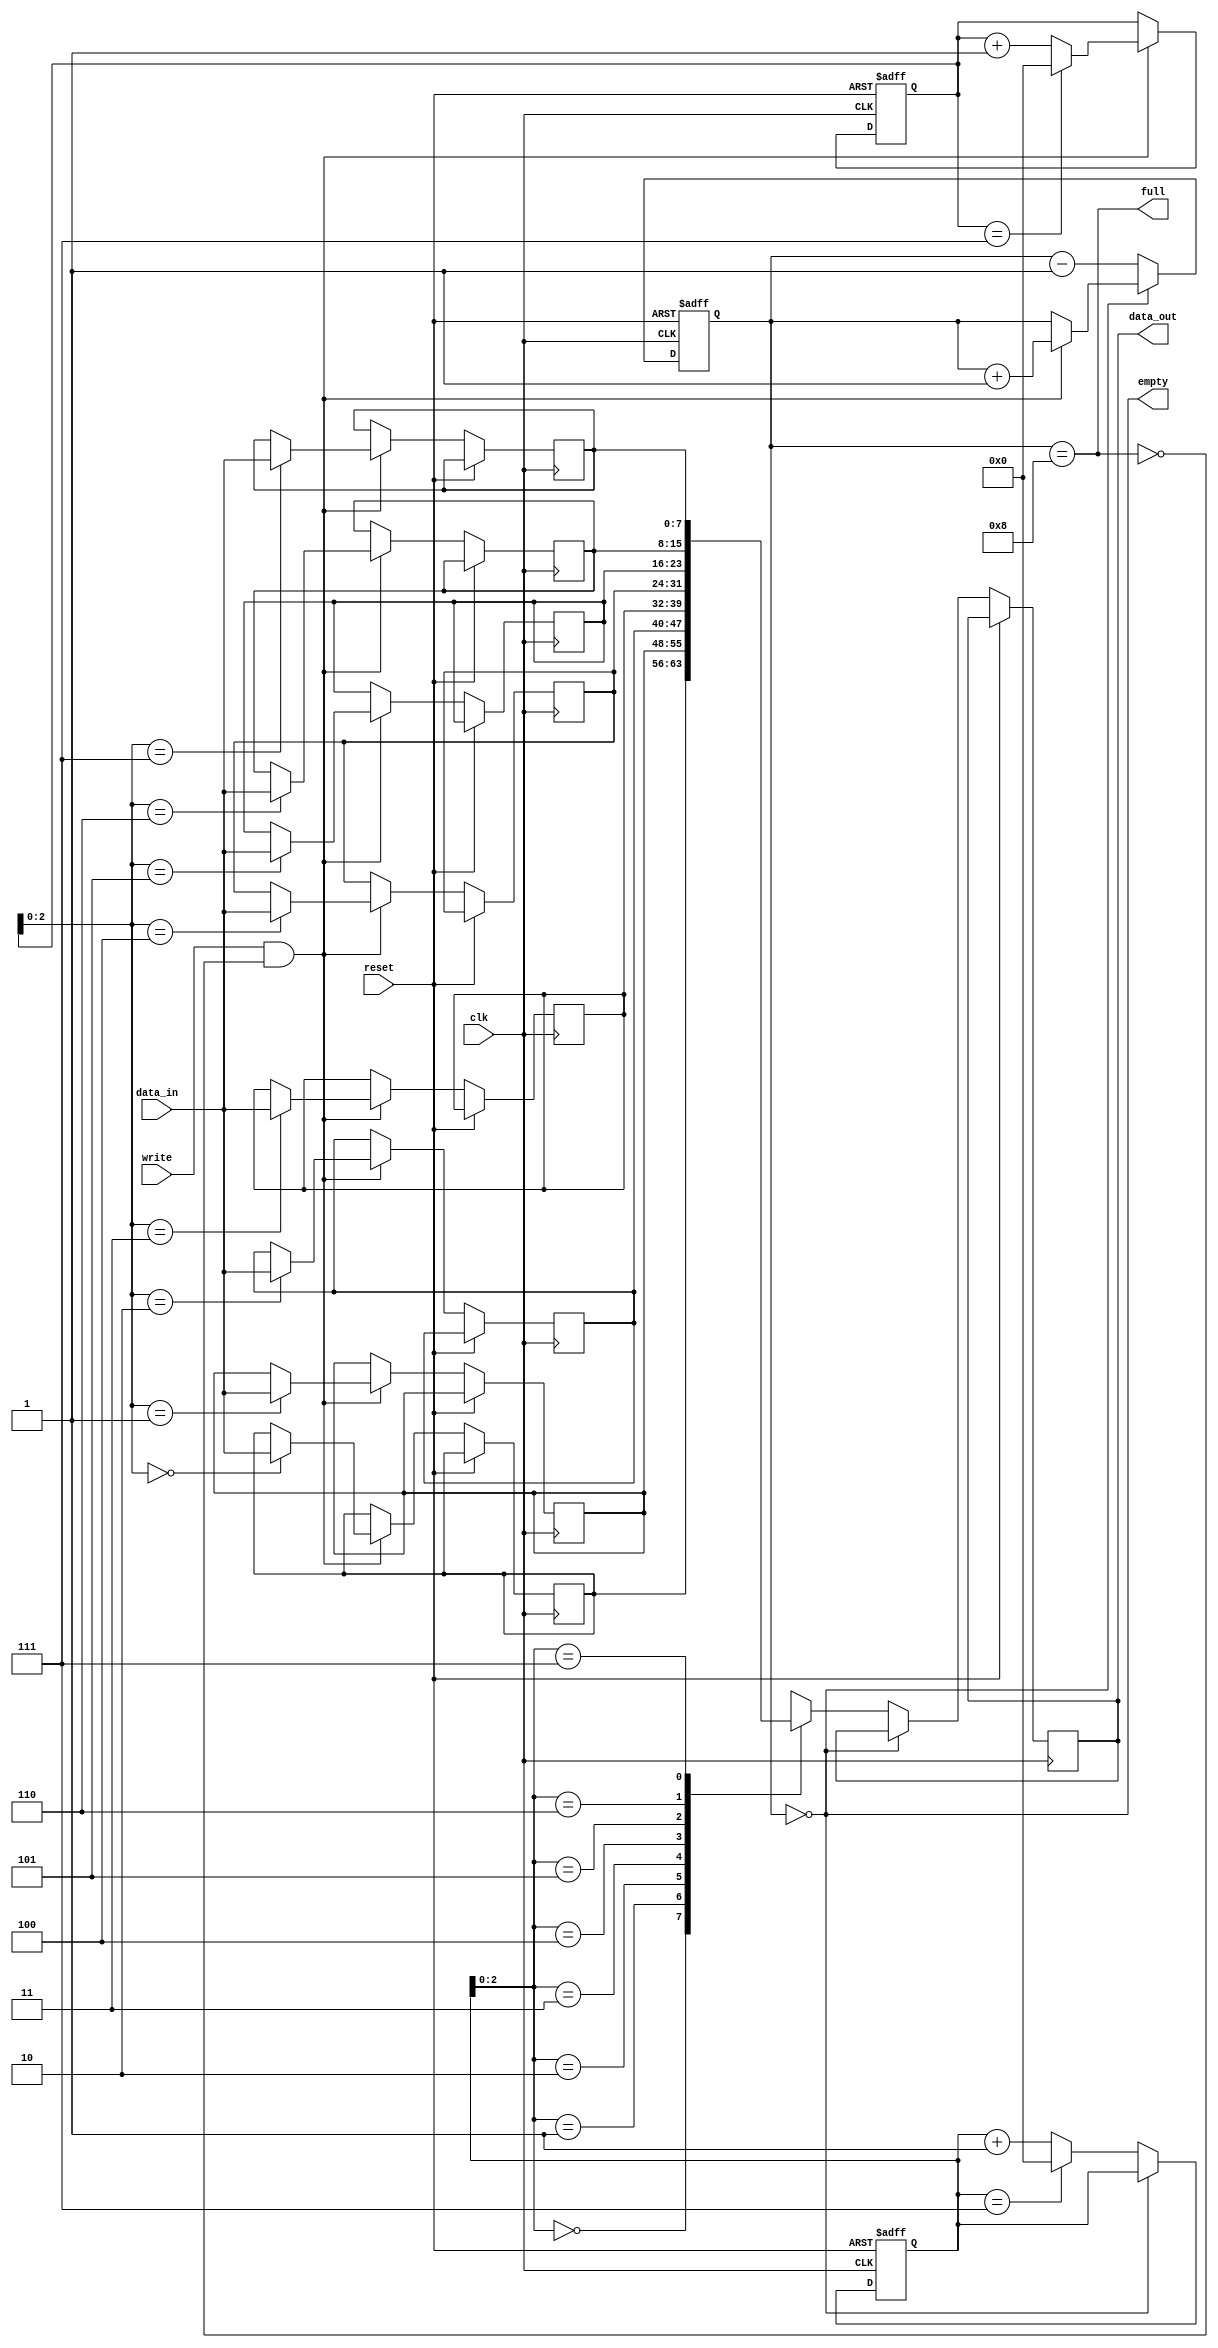
module CircularFIFO (
    input wire clk,
    input wire reset,
    input wire write,
    input wire [DATA_WIDTH-1:0] data_in,
    output wire [DATA_WIDTH-1:0] data_out,
    output wire full,
    output wire empty
);

parameter DEPTH = 8; // Number of elements stored in FIFO
parameter DATA_WIDTH = 8; // Data width of each element

reg [(DATA_WIDTH-1):0] memory [DEPTH-1:0];
reg [(DATA_WIDTH-1):0] data_out_reg;
reg [(DEPTH-1):0] write_ptr, read_ptr;
reg [DEPTH:0] num_elements;

assign full = (num_elements == DEPTH);
assign empty = (num_elements == 0);
assign data_out = data_out_reg;

always @(posedge clk or posedge reset) begin
    if (reset) begin
        write_ptr <= 0;
        read_ptr <= 0;
        num_elements <= 0;
    end else begin
        if (write && !full) begin
            memory[write_ptr] <= data_in;
            write_ptr <= (write_ptr == DEPTH-1) ? 0 : (write_ptr + 1);
            num_elements <= num_elements + 1;
        end
        if (!empty) begin
            data_out_reg <= memory[read_ptr];
            read_ptr <= (read_ptr == DEPTH-1) ? 0 : (read_ptr + 1);
            num_elements <= num_elements - 1;
        end
    end
end

endmodule